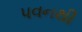
પવનથી